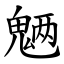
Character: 魉